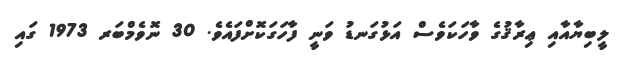
ލީބިޔާއާއި ޢިރާޤުގެ ވާހަކަވެސް އަޅުގަނޑު ވަނީ ފާހަގަކޮށްފައެވެ. 30 ނޮވެމްބަރ 1973 ގައި